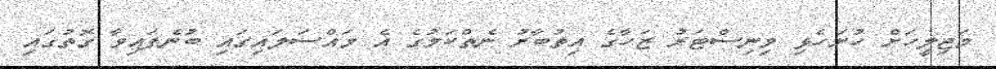
މަޖިލީހަށް ހުށަހެޅި މިނިސްޓަރު ޒަހާގެ އިތުބާރު ނެތްކަމުގެ އެ މައްސަލައިގައި ބުނެފައިވާ ގޮތުގައި